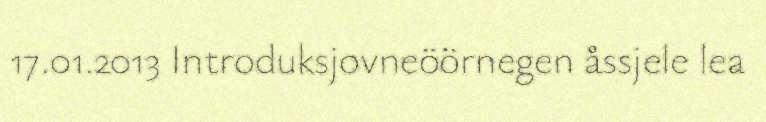
17.01.2013 Introduksjovneöörnegen åssjele lea